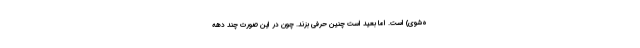
ه‌شوی) است. اما بعید است چنین حرفی بزند. چون در این صورت چند دهه